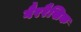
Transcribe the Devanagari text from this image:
गैररैखिक